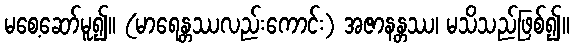
မစေ့ဆော်မူ၍။ (မာရေန္တဿလည်းကောင်း) အဇာနန္တဿ၊ မသိသည်ဖြစ်၍။